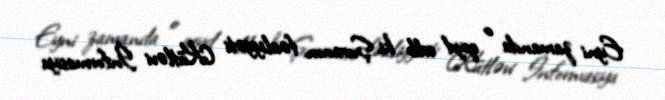
Eyni zamanda o qeyd edib ki, Şuranın fəaliyyəti Kütləvi İnformasiya